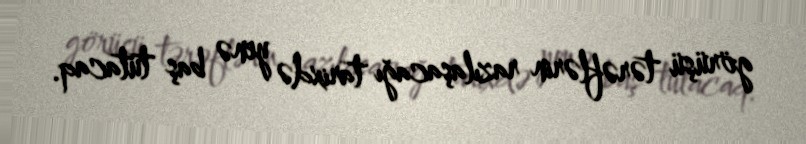
görüşü tərəflərin razılaşacağı tarixdə yenə baş tutacaq.